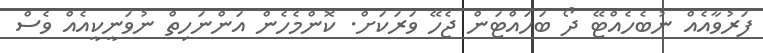
ފަރުވާއެއް ނުބެހެއްޓޭ ދޯ ބަހައްޓަން ޖެހޭ ވަރަކަށް. ކޮންމެހެން އަންނަހިތް ނުވަނީކީއެއް ވެސް